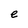
Character: e